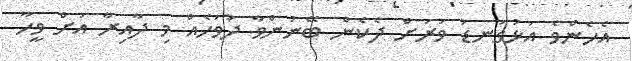
އެހެންވެ އަޅުގަނޑު ވަރަށް ދެކެން ބޭނުންވާ ދުވަހެއް މި ދާއިރާ އަށް ވީހާ